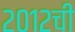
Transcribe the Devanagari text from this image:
२०१२ची